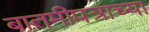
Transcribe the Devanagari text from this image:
बातमीपत्राच्या